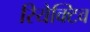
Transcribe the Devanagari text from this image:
रियेक्टिव